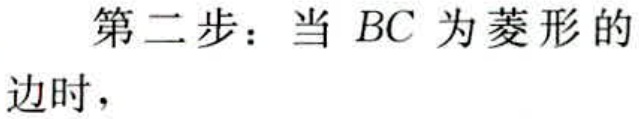
第二步：当 \(BC\) 为菱形的边时，